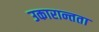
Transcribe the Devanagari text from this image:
उकारान्तता